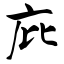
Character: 庇